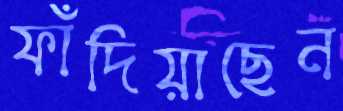
ফাঁদিয়াছেন